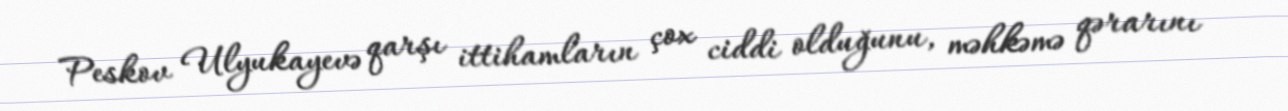
Peskov Ulyukayevə qarşı ittihamların çox ciddi olduğunu, məhkəmə qərarını